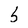
Character: 5